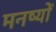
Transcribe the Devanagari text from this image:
मनष्यों